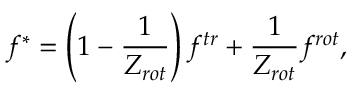
{ f ^ { * } } = \left( { 1 - \frac { 1 } { { { Z _ { r o t } } } } } \right) { f ^ { t r } } + \frac { 1 } { { { Z _ { r o t } } } } { f ^ { r o t } } ,